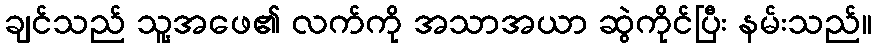
ချင်သည် သူ့အဖေ၏ လက်ကို အသာအယာ ဆွဲကိုင်ပြီး နမ်းသည်။